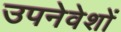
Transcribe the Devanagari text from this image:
उपनेवेशों